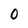
Character: O